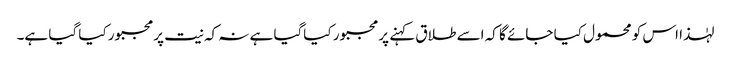
لہٰذا اس کو محمول کیا جائے گا کہ اسے طلاق کہنے پر مجبور کیاگیا ہے نہ کہ نیت پرمجبور کیا گیا ہے۔